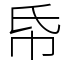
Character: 帋